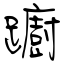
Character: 躕